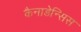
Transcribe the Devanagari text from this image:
कैनाडेन्सिस